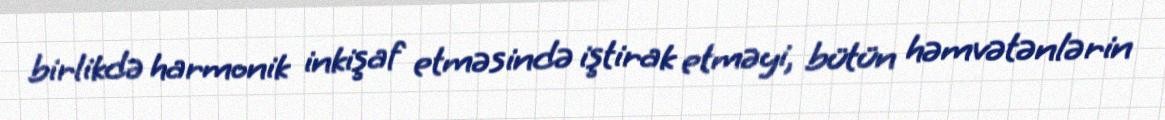
birlikdə harmonik inkişaf etməsində iştirak etməyi, bütün həmvətənlərin